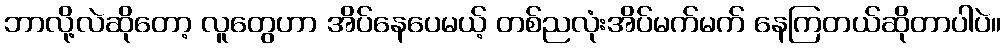
ဘာလို့လဲဆိုတော့ လူတွေဟာ အိပ်နေပေမယ့် တစ်ညလုံးအိပ်မက်မက် နေကြတယ်ဆိုတာပါပဲ။